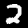
Label: 2